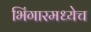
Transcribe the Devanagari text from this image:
भिंगारमध्येच